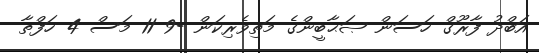
އަބްދު ފާރޫގް ހަސަން ޞަޙާބީންގެ މަތިވެރިކަން -9 11 މަސް 4 ހަފްތާ